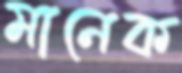
মানেক